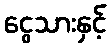
ငွေသားနှင့်